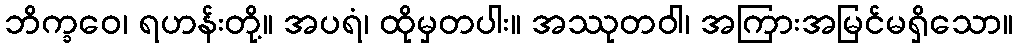
ဘိက္ခဝေ၊ ရဟန်းတို့။ အပရံ၊ ထိုမှတပါး။ အဿုတဝါ၊ အကြားအမြင်မရှိသော။